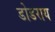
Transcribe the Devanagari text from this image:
डोडराय